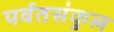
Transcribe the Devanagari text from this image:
पर्वतसंकुल